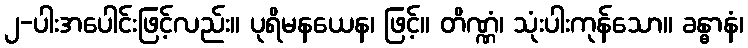
၂-ပါးအပေါင်းဖြင့်လည်း။ ပုရိမနယေန၊ ဖြင့်။ တိဏ္ဏံ၊ သုံးပါးကုန်သော။ ခန္ဓာနံ၊